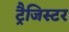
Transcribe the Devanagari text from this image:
ट्रैजिस्टर